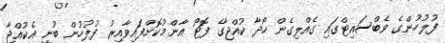
ފުލުހުންގެ ވެބްސައިޓްގައި ގެއްލިގެން ހޯދާ ކުއްޖާގެ ފޮޓޯ އާންމުކޮށްފައިވާއިރު ފުލުހުން ބުނީ އެކުއްޖާ